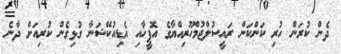
ދެން ކުރަން ހުރި ކަންކަން ރައީސުލްޖުމްހޫރިއްޔާގެ އޮފީހާއި އެޑިއުކޭޝަނާ ގުޅިގެން ކުރިއަށް ދާނެ